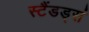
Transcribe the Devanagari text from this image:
स्टैंडड्सं